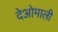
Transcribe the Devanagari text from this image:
देओमाली